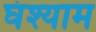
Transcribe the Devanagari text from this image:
घंश्याम